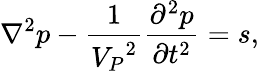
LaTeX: \nabla^{2}p-\frac{1}{{V_{P}}^{2}}\frac{\partial^{2}p}{\partial t^{2}}=s,